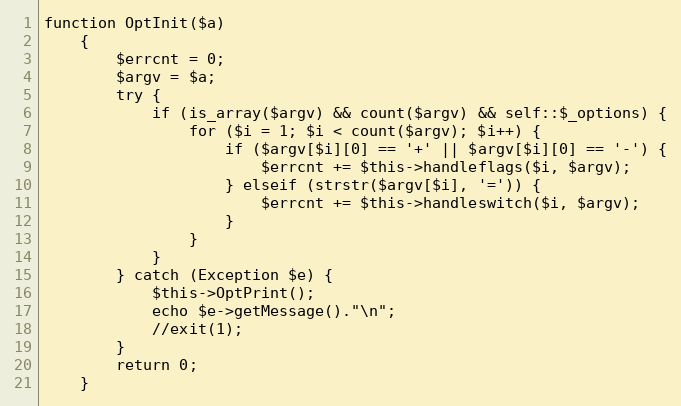
Language: PHP
function OptInit($a)
    {
        $errcnt = 0;
        $argv = $a;
        try {
            if (is_array($argv) && count($argv) && self::$_options) {
                for ($i = 1; $i < count($argv); $i++) {
                    if ($argv[$i][0] == '+' || $argv[$i][0] == '-') {
                        $errcnt += $this->handleflags($i, $argv);
                    } elseif (strstr($argv[$i], '=')) {
                        $errcnt += $this->handleswitch($i, $argv);
                    }
                }
            }
        } catch (Exception $e) {
            $this->OptPrint();
            echo $e->getMessage()."\n";
            //exit(1);
        }
        return 0;
    }